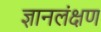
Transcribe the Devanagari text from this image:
ज्ञानलंक्षण